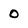
Character: 0